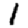
Digit: 1